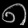
Digit: ၈